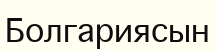
Болгариясын